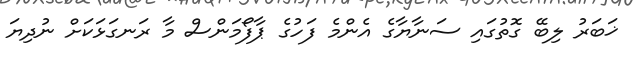
ޚަބަރު ލިބޭ ގޮތުގައި ސަނާޔާގެ އެންމެ ފަހުގެ ޕާފޯމަންސް މާ ރަނގަޅަކަށް ނުދިޔަ